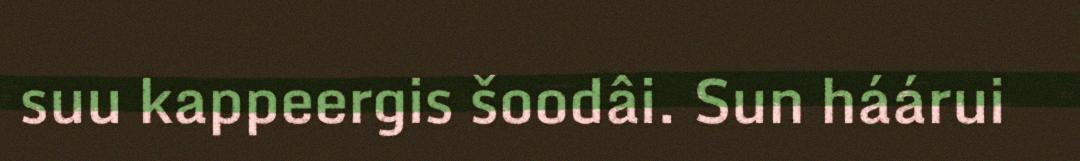
suu kappeergis šoodâi. Sun háárui